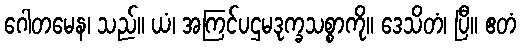
ဂေါတမေန၊ သည်။ ယံ၊ အကြင်ပဌမဒုက္ခသစ္စာကို။ ဒေသိတံ၊ ပြီ။ ဧတံ